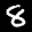
Label: 8